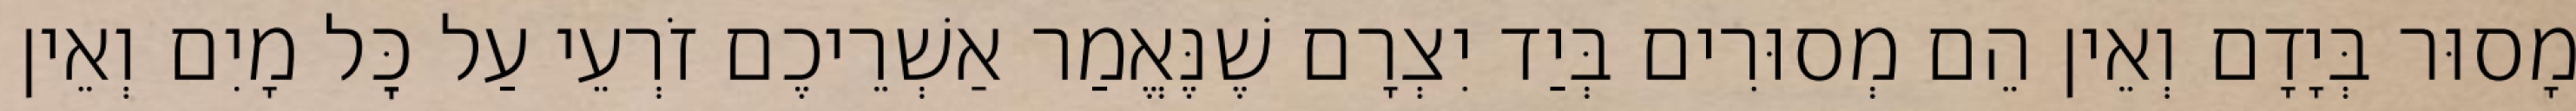
מָסוּר בְּיָדָם וְאֵין הֵם מְסוּרִים בְּיַד יִצְרָם שֶׁנֶּאֱמַר אַשְׁרֵיכֶם זֹרְעֵי עַל כׇּל מָיִם וְאֵין